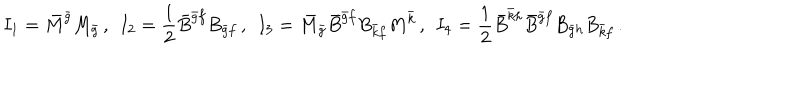
I _ { 1 } = \bar { M } ^ { \bar { g } } M _ { \bar { g } } \, , \; \, I _ { 2 } = \frac 1 2 \bar { B } ^ { \bar { g } f } B _ { \bar { g } f } \, , \; \, I _ { 3 } = \bar { M } _ { \bar { g } } \bar { B } ^ { \bar { g } f } B _ { \bar { k } f } M ^ { \bar { k } } \, , \; \, I _ { 4 } = \frac 1 2 \bar { B } ^ { \bar { k } h } \bar { B } ^ { \bar { g } f } B _ { \bar { g } h } B _ { \bar { k } f } \, .